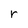
Character: r